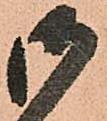
御